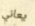
يعاني